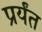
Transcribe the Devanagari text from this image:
प्रर्यंत